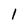
Character: 1